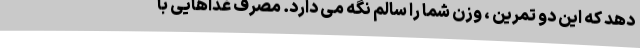
دهد که این دو تمرین ، وزن شما را سالم نگه می دارد. مصرف غذاهایی با